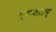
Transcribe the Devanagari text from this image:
एकशतम्